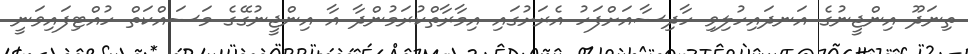
ތިނަދޫ އިންޖީނުގެ އަނދައިހުލިވި ހާދިސާއަށްފަހު އެރަށުގައި އިމާރާތްކުރަމުންދާ އާ އިންޖީނުގޭގެ މަސައްކަތް ހުއްޓިފައިވަނީ